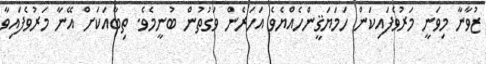
ޒުވާނާ މިވަނީ މަރުވެފައިކަން ހަމަޔަޤީންހެއްޔެވެ އަހަރެން ވަގުތުން ބުނީމެވެ. ތިބާއަކަށް އޭނާ މަރުވެފައިވާ